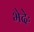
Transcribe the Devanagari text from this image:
भेदेः